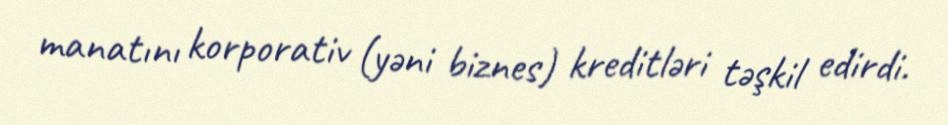
manatını korporativ (yəni biznes) kreditləri təşkil edirdi.